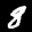
Label: 8